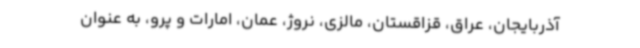
آذربایجان، عراق، قزاقستان، مالزی، نروژ، عمان، امارات و پرو، به عنوان